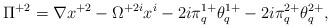
LaTeX: \begin{align*}\Pi^{+2}=\nabla x^{+2}-\Omega^{+2i}x^i-2i\pi^{1+}_q\theta^{1+}_q-2i\pi^{2+}_{q}\theta^{2+}_{q},\end{align*}